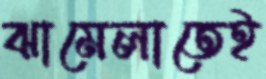
ঝামেলাতেই